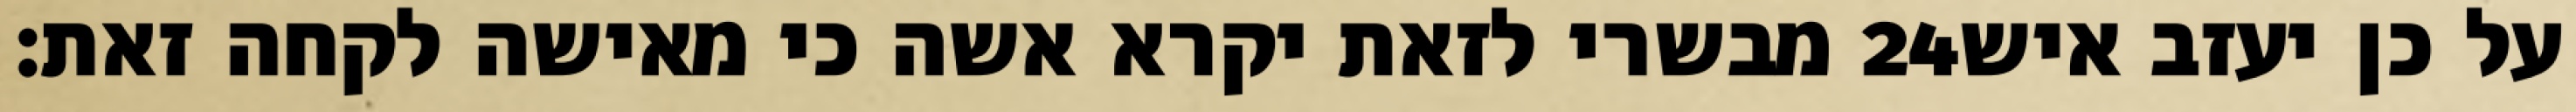
מבשרי לזאת יקרא אשה כי מאישה לקחה זאת׃ ‎24‏ על כן יעזב איש